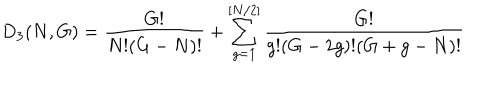
LaTeX: D _ { 3 } ( N , G ) = \frac { G ! } { N ! ( G - N ) ! } + \sum _ { g = 1 } ^ { [ N / 2 ] } \frac { G ! } { g ! ( G - 2 g ) ! ( G + g - N ) ! }